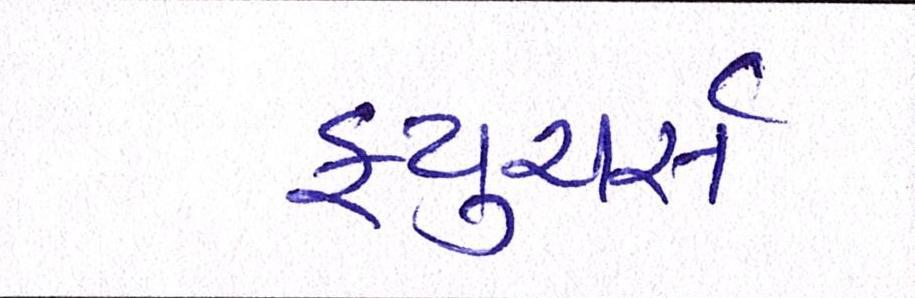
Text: ફ્યુચર્સ